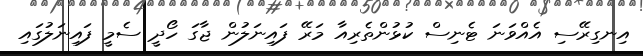
އިނގިރޭސި އެއްވަަނަ ޓެނިސް ކުޅުންތެރިއާ މަރޭ ފައިނަލުން ޖާގަ ހޯދީ ސެމީ ފައިނަލުގައި